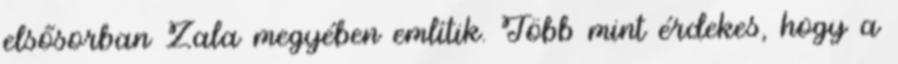
elsősorban Zala megyében említik. Több mint érdekes, hogy a